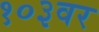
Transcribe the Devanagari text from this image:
१०३वर